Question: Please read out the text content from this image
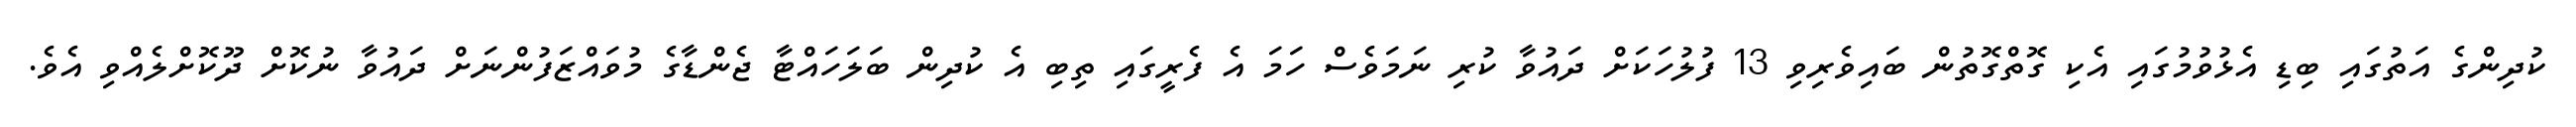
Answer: ކުދިންގެ އަތުގައި ބިޑި އެޅުވުމުގައި އެކި ގޮތްގޮތުން ބައިވެރިވި 13 ފުލުހަކަށް ދައުވާ ކުރި ނަމަވެސް ހަމަ އެ ފެރީގައި ތިބި އެ ކުދިން ބަލަހައްޓާ ޖެންޑާގެ މުވައްޒަފުންނަށް ދައުވާ ނުކޮށް ދޫކޮށްލެއްވި އެވެ.